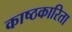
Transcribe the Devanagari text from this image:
काष्ठकारिता